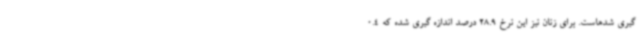
گیری شدهاست. برای زنان نیز این نرخ 28.9 درصد اندازه گیری شده که 0.4